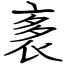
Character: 袲